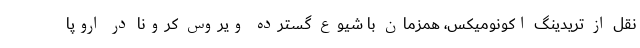
نقل از تریدینگ اکونومیکس، همزمان با شیوع گسترده ویروس کرونا در اروپا